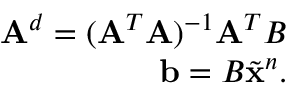
\begin{array} { r } { \mathbf { A } ^ { d } = ( \mathbf { A } ^ { T } \mathbf { A } ) ^ { - 1 } \mathbf { A } ^ { T } B } \\ { \mathbf { b } = B \tilde { \mathbf { x } } ^ { n } . } \end{array}